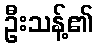
ဦးသန့်၏